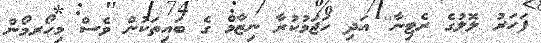
ފަހަރު ލޮލުގެ ރެޓިނާ'' އަދި ހަޖަމުކުރާ ނިޒާމް ގެ ބައިތަކުން ވެސް މިހޯރމޯން